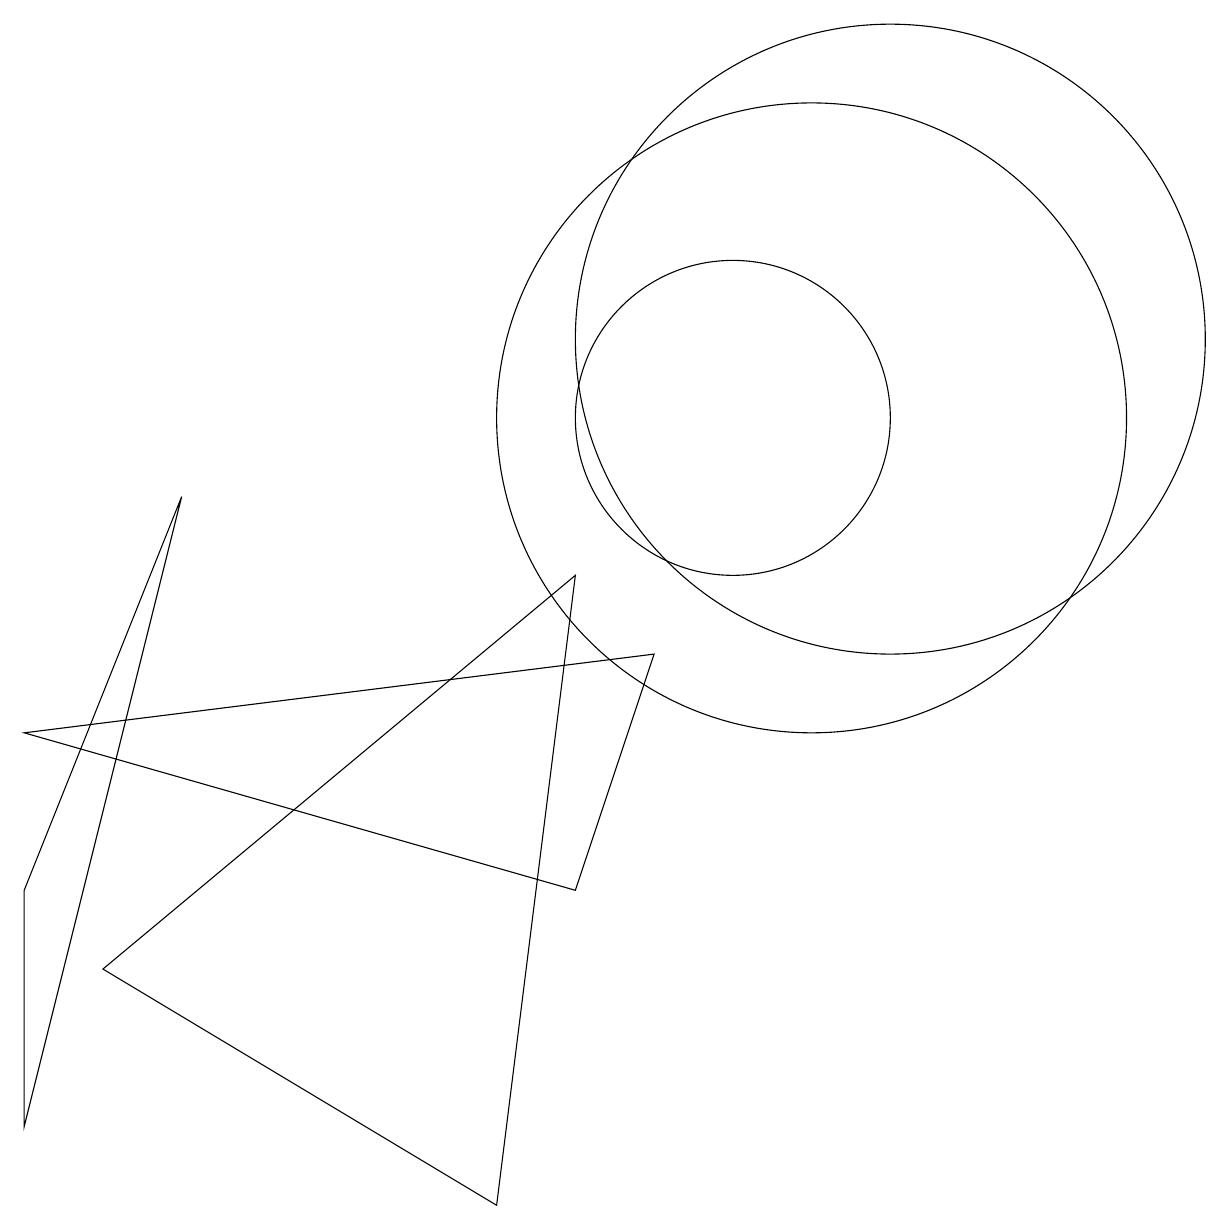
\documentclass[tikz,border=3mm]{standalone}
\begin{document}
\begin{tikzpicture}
\draw (10,10) circle (2);
\draw (11,10) circle (4);
\draw (1,4) -- (3,9) -- (1,1) -- cycle;
\draw (8,8) -- (7,0) -- (2,3) -- cycle;
\draw (8,4) -- (1,6) -- (9,7) -- cycle;
\draw (12,11) circle (4);
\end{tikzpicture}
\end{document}